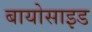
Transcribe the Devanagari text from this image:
बायोसाइड